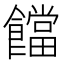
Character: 𩟈